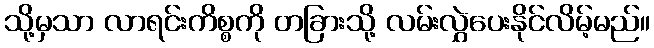
သို့မှသာ လာရင်းကိစ္စကို တခြားသို့ လမ်းလွှဲပေးနိုင်လိမ့်မည်။